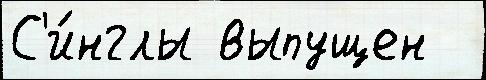
С'и́нглы выпущен